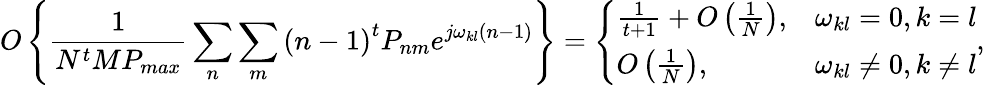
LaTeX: O\left\{ \frac{1}{N^{t}MP_{max}}\underset{n}{\sum}\underset{m}{\sum}\left(n-1\right)^{t}P_{nm}e^{j\omega_{kl}\left(n-1\right)}\right\} =\left\{ \begin{array}{ll}{\frac{1}{t+1}+O\left(\frac{1}{N}\right),}&{\omega_{kl}=0,k=l}\\ {O\left(\frac{1}{N}\right),}&{\omega_{kl}\neq 0,k\neq l}\end{array}\right.,